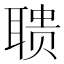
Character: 聩